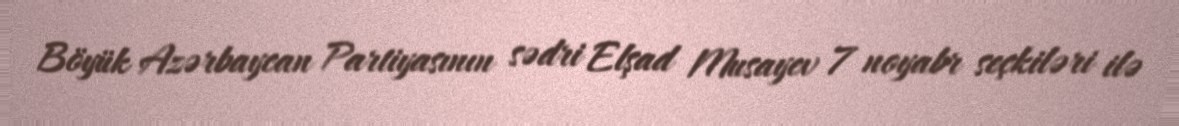
Böyük Azərbaycan Partiyasının sədri Elşad Musayev 7 noyabr seçkiləri ilə